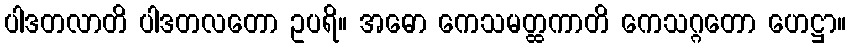
ပါဒတလာတိ ပါဒတလတော ဥပရိ။ အဓော ကေသမတ္ထကာတိ ကေသဂ္ဂတော ဟေဋ္ဌာ။